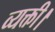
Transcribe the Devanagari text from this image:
व्यक्ती।